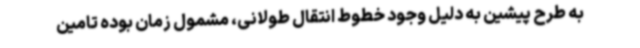
به طرح پیشین به دلیل وجود خطوط انتقال طولانی، مشمول زمان بوده تامین